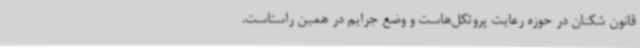
قانون شکنان در حوزه رعایت پروتکل‌هاست و وضع جرایم در همین راستاست.